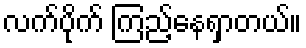
လက်ပိုက် ကြည့်နေရှာတယ်။